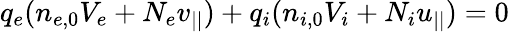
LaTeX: q_{e}(n_{e,0}V_{e}+N_{e}v_{||})+q_{i}(n_{i,0}V_{i}+N_{i}u_{||})=0